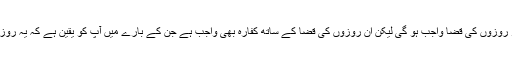
جب سے آپ کو بلوغ کا یقین ہوا ہے اسی وقت سے آپ پر نماز اور روزوں کی قضا واجب ہو گی لیکن ان روزوں کی قضا کے ساتھ کفارہ بھی واجب ہے جن کے بارے میں آپ کو یقین ہے کہ یہ روزے آپ نے جان بوجھ کر اس وقت چھوڑے جب بالغ ہو چکے تھے۔